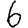
Digit: 6